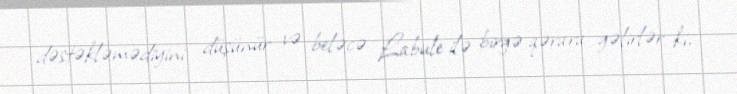
dəstəkləmədiyini düşünür və beləcə Labule ilə birgə qərara gəlirlər ki,